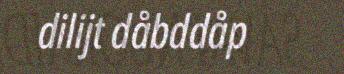
dilijt dåbddåp